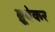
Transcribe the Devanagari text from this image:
ब्रूबेकर